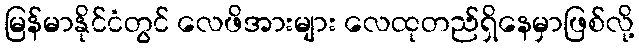
မြန်မာနိုင်ငံတွင် လေဖိအားများ လေထုတည်ရှိနေမှာဖြစ်လို့